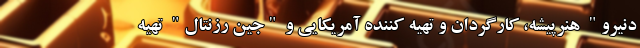
دنیرو" هنرپیشه، کارگردان و تهیه کننده آمریکایی و "جین رزنتال" تهیه